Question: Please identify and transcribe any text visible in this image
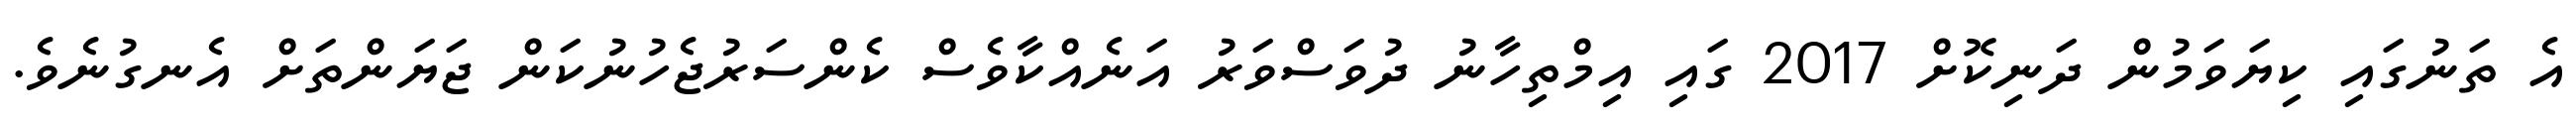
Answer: އެ ތަނުގައި ކިޔަވަމުން ދަނިކޮށް 2017 ގައި އިމްތިހާނު ދުވަސްވަރު އަނެއްކާވެސް ކެންސަރުޖެހުނުކަން ޖަޔަންތަށް އެނގުނެވެ.